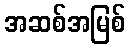
အဆစ်အမြစ်